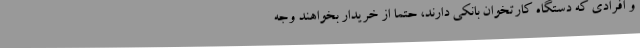
و افرادی که دستگاه کارتخوان بانکی دارند، حتما از خریدار بخواهند وجه